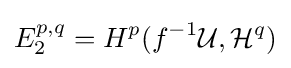
E_{2}^{p,q}=H^{p}(f^{-1}{\mathcal {U}},{\mathcal {H}}^{q})